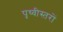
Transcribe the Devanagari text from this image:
पृथ्वीस्तरों